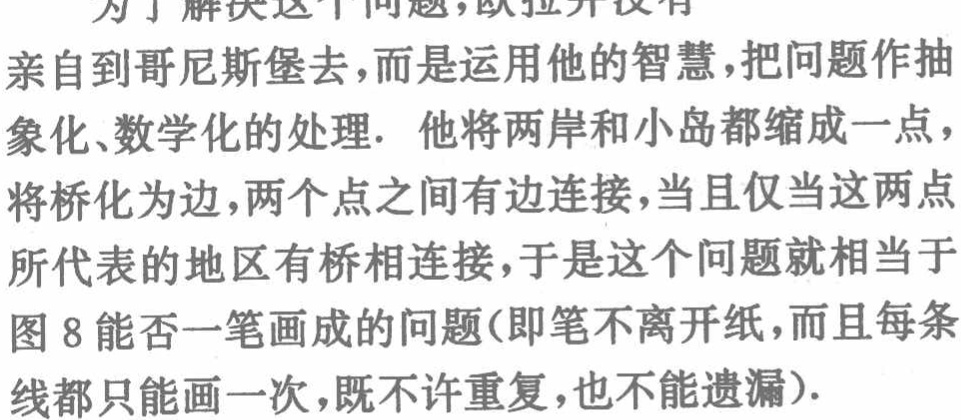
为了解决这个问题，欧拉并没有
亲自到哥尼斯堡去，而是运用他的智慧，把问题作抽
象化、数学化的处理. 他将两岸和小岛都缩成一点，
将桥化为边，两个点之间有边连接，当且仅当这两点
所代表的地区有桥相连接，于是这个问题就相当于
图 8 能否一笔画成的问题(即笔不离开纸，而且每条
线都只能画一次，既不许重复，也不能遗漏).